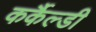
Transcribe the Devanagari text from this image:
कर्कैल्डी